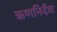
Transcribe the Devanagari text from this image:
ऋणनिर्देश